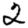
Digit: 2